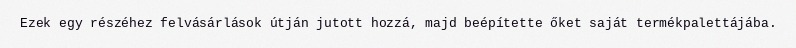
Ezek egy részéhez felvásárlások útján jutott hozzá, majd beépítette őket saját termékpalettájába.